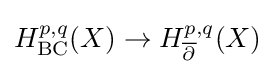
H_{\mathrm {BC} }^{p,q}(X)\rightarrow H_{\overline {\partial }}^{p,q}(X)